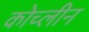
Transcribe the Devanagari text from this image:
कोच्लीन